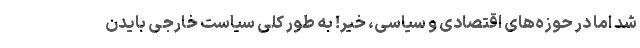
شد اما در حوزه­های اقتصادی و سیاسی، خیر! به طور کلی سیاست خارجی بایدن